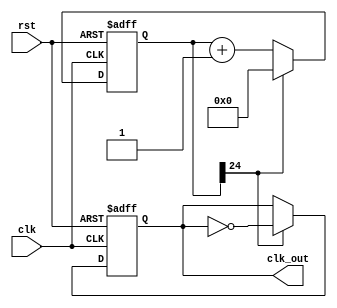
`timescale 1ns / 1ps
//////////////////////////////////////////////////////////////////////////////////
// Company: 
// Engineer: 
// 
// Design Name: 
// Module Name:    clk_div 
// Project Name: 
// Target Devices: 
// Tool versions: 
// Description: 
//
// Dependencies: 
//
// Revision: 
// Revision 0.01 - File Created
// Additional Comments: 
//
//////////////////////////////////////////////////////////////////////////////////
module clk_div(clk,rst,clk_out);
input clk,rst;
output reg clk_out;
reg [24:0] counter;

always @(posedge clk or posedge rst)
begin
if(rst)
begin
counter<=24'd0;
clk_out <= 1'b0;
end
else
//if(counter==19'd1000000000000000)
if(counter[24] == 1)
begin
counter<=24'd0;
clk_out <= ~clk_out;
end
else
begin
counter<=counter+1;
end
end

endmodule